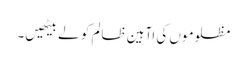
مظلوموں کی اآہین ظالم کو لے بیٹھیں۔